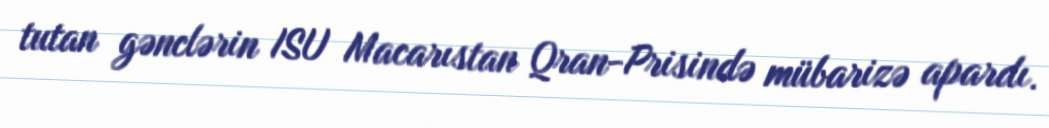
tutan gənclərin ISU Macarıstan Qran-Prisində mübarizə apardı.